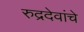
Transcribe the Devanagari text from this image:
रुद्रदेवांचे